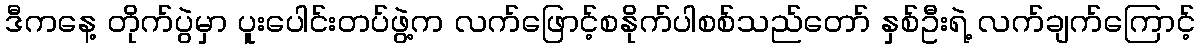
ဒီကနေ့ တိုက်ပွဲမှာ ပူးပေါင်းတပ်ဖွဲ့က လက်ဖြောင့်စနိုက်ပါစစ်သည်တော် နှစ်ဦးရဲ့ လက်ချက်ကြောင့်